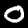
Label: 0